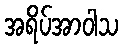
အရိပ်အာဝါသ